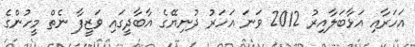
އަހަރާއި އަޅާބަލާއިރު 2012 ވަނަ އަހަރު ދުނިޔޭގެ އާބާދީގައި ވަޒީފާ ނެތް މީހުންގެ